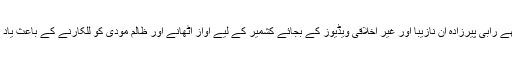
لیکن مجھے رابی پیرزادہ ان نازیبا اور غیر اخلاقی ویڈیوز کے بجائے کشمیر کے لیے آواز اٹھانے اور ظالم مودی کو للکارنے کے باعث یاد رہے گی۔